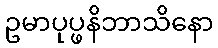
ဥမာပုပ္ဖနိဘာသိနော